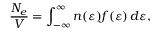
\frac { N _ { e } } { V } = \int _ { - \infty } ^ { \infty } n ( \varepsilon ) f ( \varepsilon ) \, d \varepsilon ,